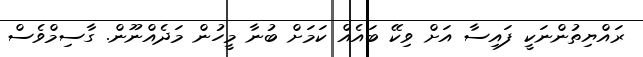
ރައްޔިތުންނަކީ ފައިސާ އަށް ވިކޭ ބައެއް ކަމަށް ބުނާ މީހުން މަދެއްނޫން. ގާސިމްވެސް